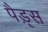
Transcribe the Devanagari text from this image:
पैड़्स